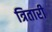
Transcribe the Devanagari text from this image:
त्रितारी